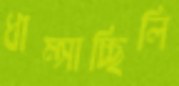
ধাম্‌সাচ্ছিলি